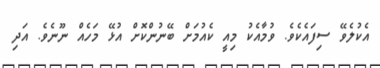
އެކުލެވޭ ސިފައެކެވެ. ވުމާއެކު މިއީ ކެއުމަށް ބޭނުންކޮށް އުޅޭ މަހެއް ނޫނެވެ. އަދި